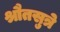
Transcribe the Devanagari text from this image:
श्रौतसुत्रे